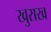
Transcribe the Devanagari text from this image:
खुराख